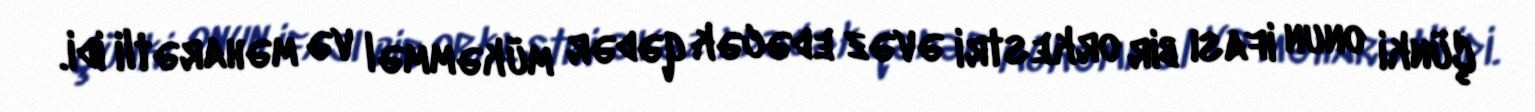
Çünki onun ifası bir orkestri əvəz edəcək qədər mükəmməl və məharətli idi.